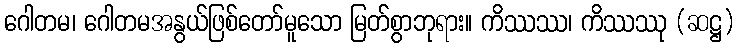
ဂေါတမ၊ ဂေါတမအနွယ်ဖြစ်တော်မူသော မြတ်စွာဘုရား။ ကိဿဿ၊ ကိဿဿု (ဆဋ္ဌ)